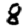
Digit: 8